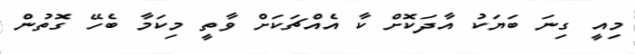
މިއީ ގިނަ ބަޔަކު އާދަކޮށް ކާ އެއްޗަކަށް ވާތީ މިކަމާ ބެހޭ ގޮތުން